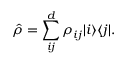
\hat { \rho } = \sum _ { i j } ^ { d } \rho _ { i j } | i \rangle \langle j | .